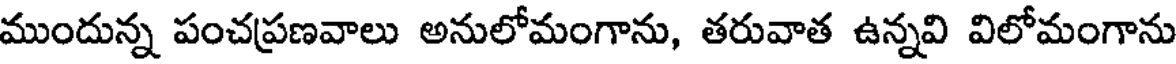
ముందున్న పంచప్రణవాలు అనులోమంగాను, తరువాత ఉన్నవి విలోమంగాను